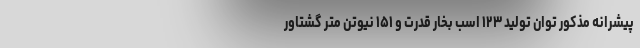
پیشرانه مذکور توان تولید ۱۲۳ اسب بخار قدرت و ۱۵۱ نیوتن متر گشتاور